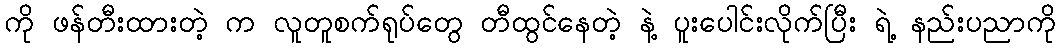
ကို ဖန်တီးထားတဲ့ က လူတူစက်ရုပ်တွေ တီထွင်နေတဲ့ နဲ့ ပူးပေါင်းလိုက်ပြီး ရဲ့ နည်းပညာကို